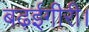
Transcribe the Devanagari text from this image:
बढ़ईगीरी।